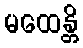
မထေန္တိ